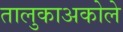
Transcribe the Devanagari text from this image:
तालुकाअकोले